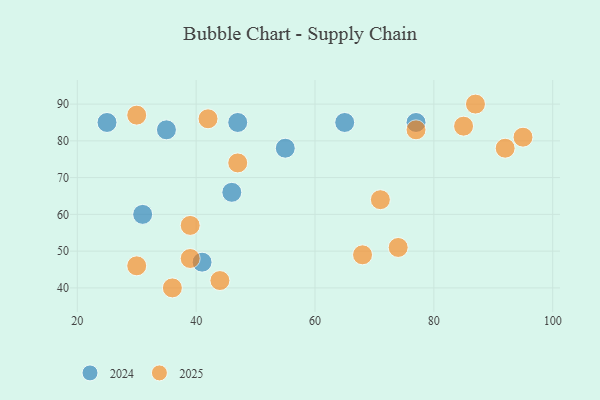
{"axis": {"x": "GDP", "y": "Life Expectancy"}, "legend": ["2024", "2025"], "data": [{"x": "39", "y": 48, "type": "2025"}, {"x": "85", "y": 84, "type": "2025"}, {"x": "95", "y": 81, "type": "2025"}, {"x": "39", "y": 57, "type": "2025"}, {"x": "71", "y": 64, "type": "2025"}, {"x": "30", "y": 46, "type": "2025"}, {"x": "87", "y": 90, "type": "2025"}, {"x": "47", "y": 74, "type": "2025"}, {"x": "44", "y": 42, "type": "2025"}, {"x": "77", "y": 83, "type": "2025"}, {"x": "92", "y": 78, "type": "2025"}, {"x": "68", "y": 49, "type": "2025"}, {"x": "36", "y": 40, "type": "2025"}, {"x": "74", "y": 51, "type": "2025"}, {"x": "42", "y": 86, "type": "2025"}, {"x": "30", "y": 87, "type": "2025"}, {"x": "46", "y": 66, "type": "2024"}, {"x": "65", "y": 85, "type": "2024"}, {"x": "35", "y": 83, "type": "2024"}, {"x": "55", "y": 78, "type": "2024"}, {"x": "25", "y": 85, "type": "2024"}, {"x": "77", "y": 85, "type": "2024"}, {"x": "41", "y": 47, "type": "2024"}, {"x": "47", "y": 85, "type": "2024"}, {"x": "31", "y": 60, "type": "2024"}]}